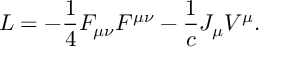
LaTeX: { \cal L } = - { \frac { 1 } { 4 } } F _ { \mu \nu } F ^ { \mu \nu } - { \frac { 1 } { c } } J _ { \mu } V ^ { \mu } .